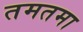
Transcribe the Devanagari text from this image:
तमतमा